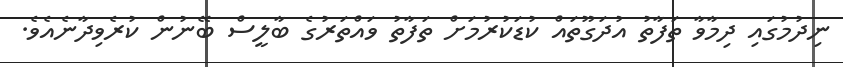
ނިދުމުގައި ދިމާވާ ތަފާތު އުދަގޫތައް ކުޑަކުރުމަށް ތަފާތު ވައްތަރުގެ ބާލީސް ބޭނުން ކުރެވިދާނެއެވެ.